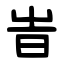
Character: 旹